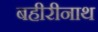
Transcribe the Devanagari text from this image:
बहीरीनाथ